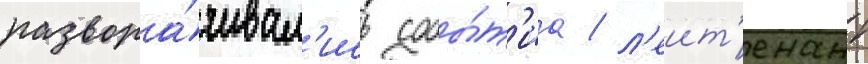
развора́чивал'ись собы́т'иа / л'еит'енант